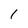
Character: 1